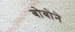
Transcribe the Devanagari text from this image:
बोबोने